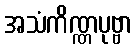
အသံကိဏ္ဏပုဗ္ဗာ